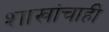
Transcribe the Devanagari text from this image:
शाखांचाही